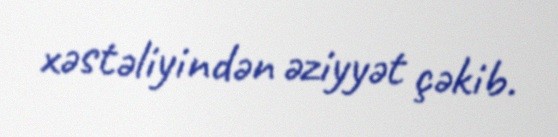
xəstəliyindən əziyyət çəkib.